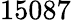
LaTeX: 15087